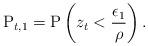
LaTeX: \begin{align*}\mathrm{P}_{t,1} = \mathrm{P}\left( z_t<\frac{\epsilon_1}{\rho } \right). \end{align*}